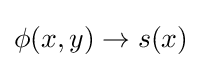
\phi (x,y)\rightarrow s(x)